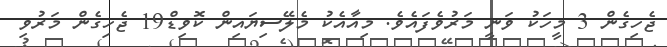
ޖެހިގެން 3 މީހަކު ވަނީ މަރުވެފައެވެ. މިއާއެކު މެލޭސިޔަައިން ކޮވިޑް19 ޖެހިގެން މަރުވި